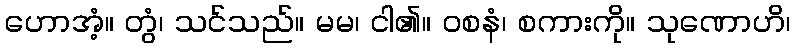
ဟောအံ့။ တွံ၊ သင်သည်။ မမ၊ ငါ၏။ ဝစနံ၊ စကားကို။ သုဏောဟိ၊